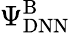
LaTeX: \Psi_{\mathrm{DNN}}^{\mathrm{B}}